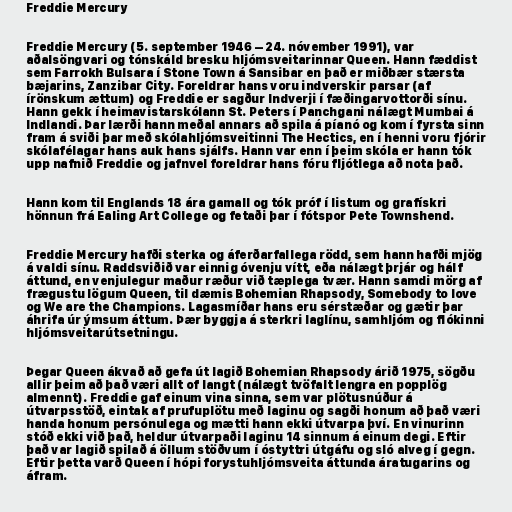
Freddie Mercury

Freddie Mercury (5. september 1946 – 24. nóvember 1991), var
aðalsöngvari og tónskáld bresku hljómsveitarinnar Queen. Hann fæddist
sem Farrokh Bulsara í Stone Town á Sansibar en það er miðbær stærsta
bæjarins, Zanzibar City. Foreldrar hans voru indverskir parsar (af
írönskum ættum) og Freddie er sagður Indverji í fæðingarvottorði sínu.
Hann gekk í heimavistarskólann St. Peters í Panchgani nálægt Mumbai á
Indlandi. Þar lærði hann meðal annars að spila á píanó og kom í fyrsta sinn
fram á sviði þar með skólahljómsveitinni The Hectics, en í henni voru fjórir
skólafélagar hans auk hans sjálfs. Hann var enn í þeim skóla er hann tók
upp nafnið Freddie og jafnvel foreldrar hans fóru fljótlega að nota það.

Hann kom til Englands 18 ára gamall og tók próf í listum og grafískri
hönnun frá Ealing Art College og fetaði þar í fótspor Pete Townshend.

Freddie Mercury hafði sterka og áferðarfallega rödd, sem hann hafði mjög
á valdi sínu. Raddsviðið var einnig óvenju vítt, eða nálægt þrjár og hálf
áttund, en venjulegur maður ræður við tæplega tvær. Hann samdi mörg af
frægustu lögum Queen, til dæmis Bohemian Rhapsody, Somebody to love
og We are the Champions. Lagasmíðar hans eru sérstæðar og gætir þar
áhrifa úr ýmsum áttum. Þær byggja á sterkri laglínu, samhljóm og flókinni
hljómsveitarútsetningu.

Þegar Queen ákvað að gefa út lagið Bohemian Rhapsody árið 1975, sögðu
allir þeim að það væri allt of langt (nálægt tvöfalt lengra en popplög
almennt). Freddie gaf einum vina sinna, sem var plötusnúður á
útvarpsstöð, eintak af prufuplötu með laginu og sagði honum að það væri
handa honum persónulega og mætti hann ekki útvarpa því. En vinurinn
stóð ekki við það, heldur útvarpaði laginu 14 sinnum á einum degi. Eftir
það var lagið spilað á öllum stöðvum í óstyttri útgáfu og sló alveg í gegn.
Eftir þetta varð Queen í hópi forystuhljómsveita áttunda áratugarins og
áfram.